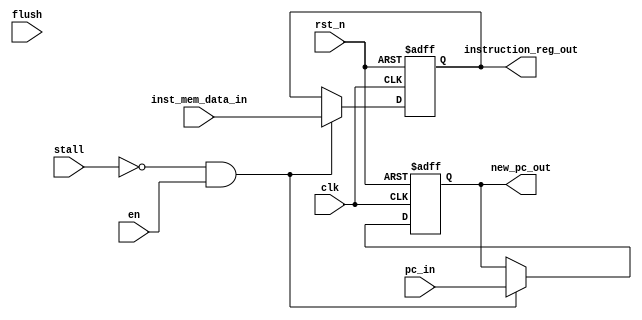
module if_id_reg
#(
    parameter PC_DATA_WIDTH = 20,
    parameter INSTRUCTION_WIDTH = 32
)(
   input clk,    
   input rst_n,  
   input en,
   input stall,                                              
   input flush,                                              
   input [INSTRUCTION_WIDTH-1:0] inst_mem_data_in,           
   input [PC_DATA_WIDTH-1:0] pc_in,                          
   output reg [PC_DATA_WIDTH-1:0] new_pc_out,                
   output reg [INSTRUCTION_WIDTH-1:0] instruction_reg_out    
);
always@(posedge clk or negedge rst_n)begin
   if(!rst_n) begin
      new_pc_out <= 0;
      instruction_reg_out <= 0;
   end else if((!stall)&en)begin
      new_pc_out <= pc_in;
         instruction_reg_out <= inst_mem_data_in;
   end
end
endmodule